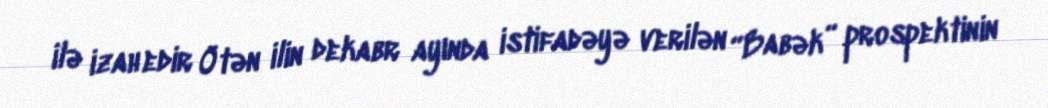
ilə izah edir Ötən ilin dekabr ayında istifadəyə verilən “Babək” prospektinin